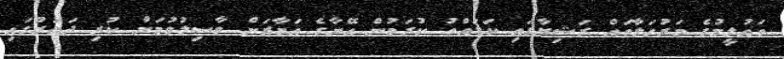
ތައުލީމުގެ މަރުހަލާތައް ރަޝިޔާގައި ކަޑައްތު ކުރަމުން އޭނާގެ އަމާޒަށް ވާސިލުވުމަށް ކުރި ދަތުރުގައި